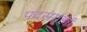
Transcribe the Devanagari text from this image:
पदसंग्रहां